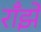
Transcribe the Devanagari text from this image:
राँझे